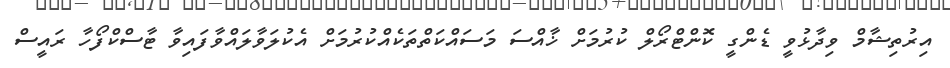
އިރުތިޝާމް ވިދާޅުވީ ޑެންގީ ކޮންޓްރޯލް ކުރުމަށް ޚާއްސަ މަސައްކަތްތަކެއްކުރުމަށް އެކުލަވާލައްވާފައިވާ ޓާސްކްފޯހާ ރައީސް